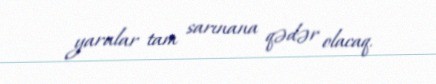
yaralar tam sarınana qədər olacaq.